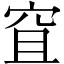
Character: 𥥐